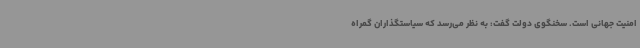
امنیت جهانی است. سخنگوی دولت گفت: به نظر می‌رسد که سیاستگذاران گمراه